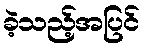
ခဲ့သည့်အပြင်